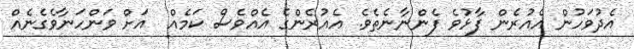
އެދުވަހުން އެއުރެން ފާޅުވެ ފެންނާނެތެވެ. އެއުރެންގެ އެއްވެސް ކަމެއް  އަށް ވަންހަނާވެގެނެއް